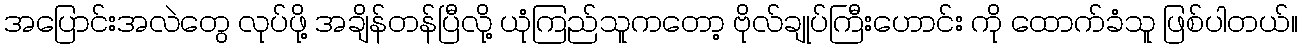
အပြောင်းအလဲတွေ လုပ်ဖို့ အချိန်တန်ပြီလို့ ယုံကြည်သူကတော့ ဗိုလ်ချုပ်ကြီးဟောင်း ကို ထောက်ခံသူ ဖြစ်ပါတယ်။